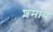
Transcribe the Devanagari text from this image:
श़माय